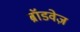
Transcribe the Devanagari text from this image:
ब्रॉडवेज़